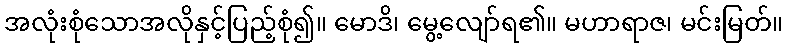
အလုံးစုံသောအလိုနှင့်ပြည့်စုံ၍။ မောဒိ၊ မွေ့လျော်ရ၏။ မဟာရာဇ၊ မင်းမြတ်။